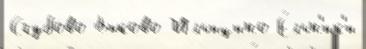
Сгубово Быково Ильицино Е́льн'ик'и